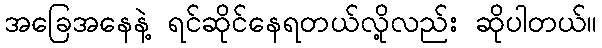
အခြေအနေနဲ့ ရင်ဆိုင်နေရတယ်လို့လည်း ဆိုပါတယ်။